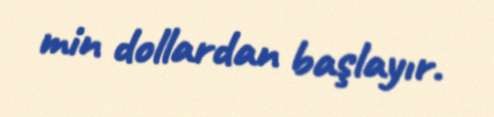
min dollardan başlayır.